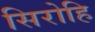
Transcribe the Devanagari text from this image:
सिरोहि